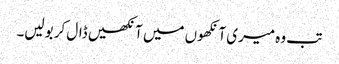
تب وہ میری آنکھوں میں آنکھیں ڈال کر بولیں۔